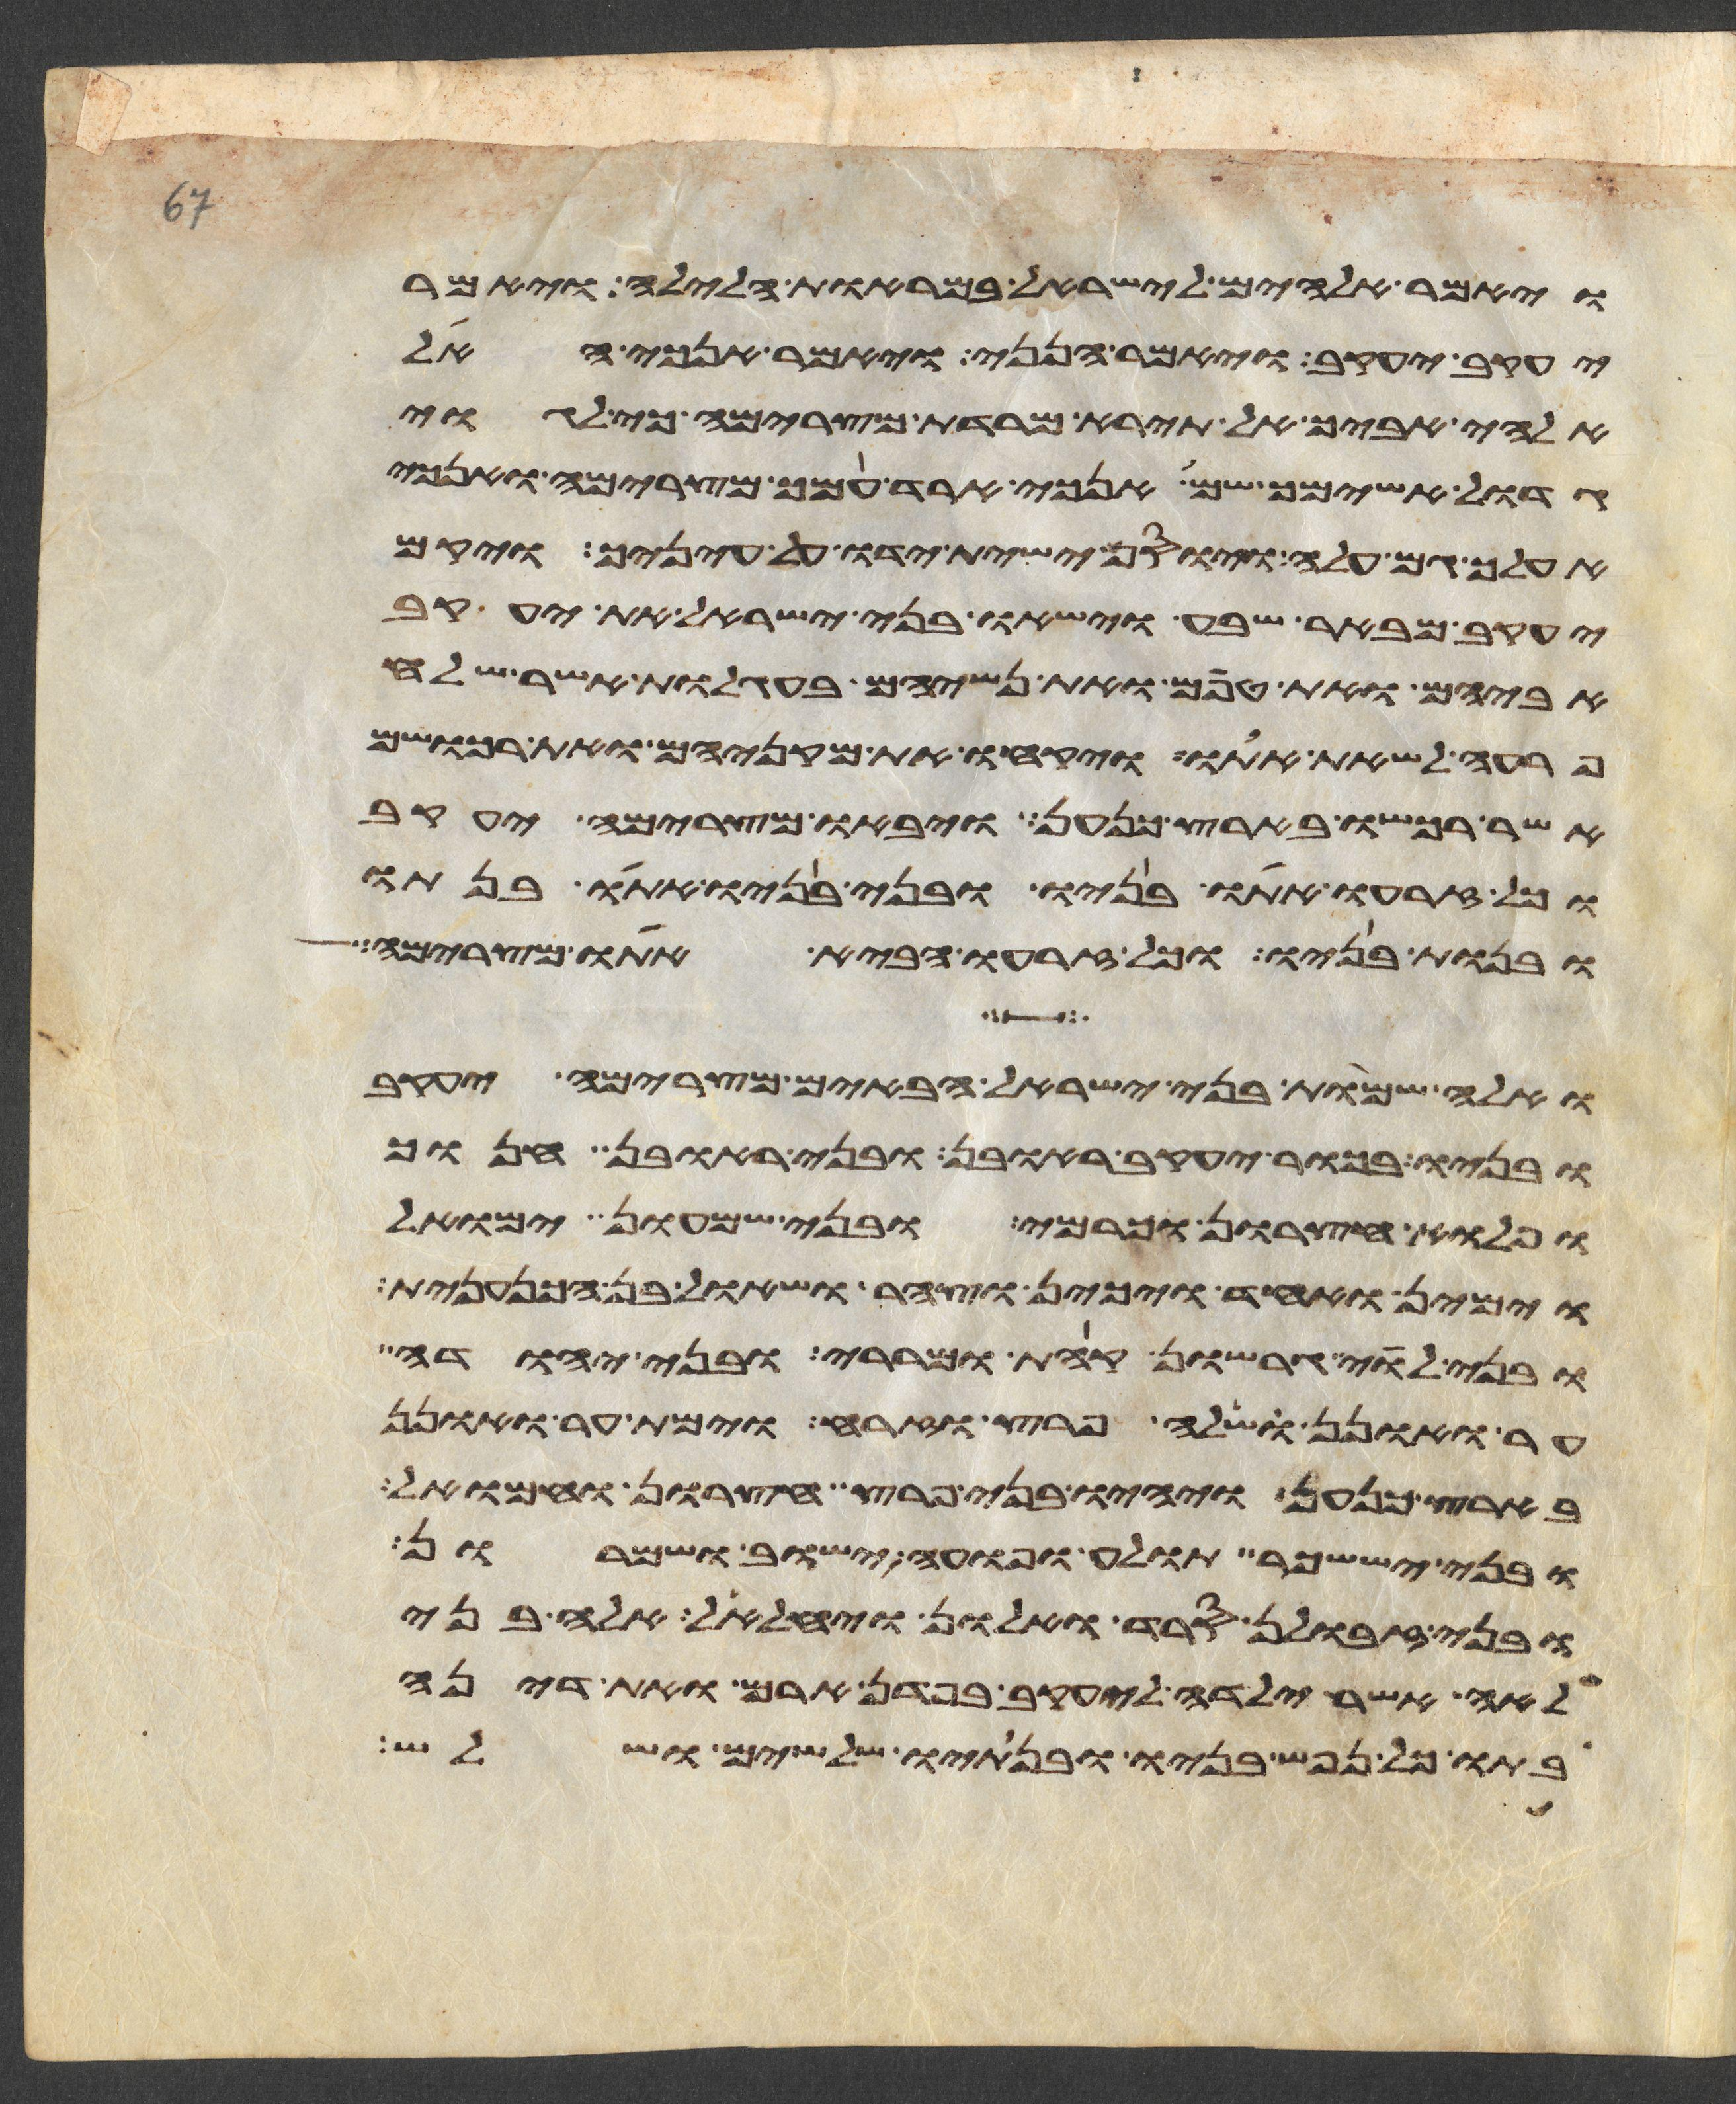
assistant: ויאמר אלהים לישראל במראות הלילה ויאמר
יעקב יעקב ויאמר הנני ויאמר אנכי האל
אלהי אביך אל תירא מרדת מצרימה כי לגוי
גדול אשימך שם אנכי ארד עמך מצרימה ואנכי
אעלך גם עלה ויוסף ישית ידיו על עיניך ויקם
יעקב מבאר שבע וישאו בני ישראל את יעקב
אביהם ואת טפם ואת נשיהם בעגלות אשר שלח
פרעה לשאת אתו ויקחו את מקניהם ואת רכושם
אשר רכשו בארץ כנען ויבאו מצרימה יעקב
וכל זרעו אתו בניו ובני בניו אתו בנתיו
ובנות בניו וכל זרעו הביא אתו מצרימה
ואלה שמות בני ישראל הבאים מצרימה יעקב
ובניו בכור יעקב ראובן ובני ראובן חנוך
ופלוא חצרון וכרמי ובני שמעון ימואל
וימין ואחד ויכין וצהר ושאול בן הכנענית
ובני לוי גרשון קהת ומררי ובני יהודה
ער ואונן שלה פרץ וזרח וימת ער ואונן
בארץ כנען ויהיו בני פרץ חצרון וחמואל
ובני יששכר תולע ופואה ישוב ושמרון
ובני זבולן סרד ואלון ויחלאל אלה בני
לאה אשר ילדה ליעקב בפדן ארם ואת דינה
בתו כל נפש בניו ובנתיו שלשים ושלש